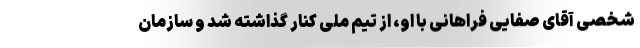
شخصی آقای صفایی فراهانی با او، از تیم ملی کنار گذاشته شد و سازمان